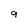
Character: 9